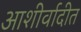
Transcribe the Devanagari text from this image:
आशीर्वादीत